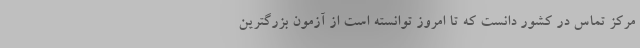
مرکز تماس در کشور دانست که تا امروز توانسته است از آزمون بزرگترین